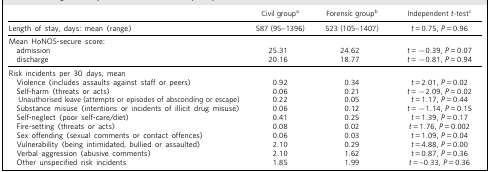
|  | Civil groupa | Forensic groupb | Independent t-testc |
 | --- | --- | --- | --- |
 | Length of stay, days: mean (range) | 587 (95–1396) | 523 (105–1407) | t = 0.75, P = 0.96 |
 | Mean HoNOS-secure score: |  |  |  |
 | admission | 25.31 | 24.62 | t = −0.39, P = 0.07 |
 | discharge | 20.16 | 18.77 | t = −0.81, P = 0.94 |
 | Risk incidents per 30 days, mean |  |  |  |
 | Violence (includes assaults against staff or peers) | 0.92 | 0.34 | t = 2.01, P = 0.02 |
 | Self-harm (threats or acts) | 0.06 | 0.21 | t = −2.09, P = 0.02 |
 | Unauthorised leave (attempts or episodes of absconding or escape) | 0.22 | 0.05 | t = 1.17, P = 0.44 |
 | Substance misuse (intentions or incidents of illicit drug misuse) | 0.06 | 0.12 | t = −1.14, P = 0.15 |
 | Self-neglect (poor self-care/diet) | 0.41 | 0.25 | t = 1.39, P = 0.17 |
 | Fire-setting (threats or acts) | 0.08 | 0.02 | t = 1.76, P = 0.002 |
 | Sex offending (sexual comments or contact offences) | 0.06 | 0.03 | t = 1.09, P = 0.04 |
 | Vulnerability (being intimidated, bullied or assaulted) | 2.10 | 0.29 | t = 4.88, P = 0.00 |
 | Verbal aggression (abusive comments) | 2.10 | 1.62 | t = 0.87, P = 0.36 |
 | Other unspecified risk incidents | 1.85 | 1.99 | t = −0.33, P = 0.36 |